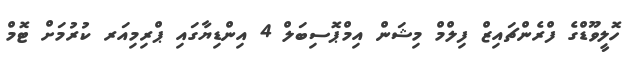
ހޮލީވޫޑްގެ ފްރެންޗައިޒް ފިލްމް މިޝަން އިމްޕޮސިބަލް 4 އިންޑިޔާގައި ޕްރިމިއަރ ކުރުމަށް ޓޮމް